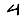
Digit: 4